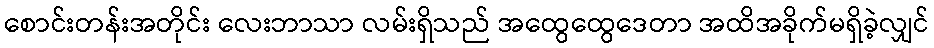
စောင်းတန်းအတိုင်း လေးဘာသာ လမ်းရှိသည် အထွေထွေဒေတာ အထိအခိုက်မရှိခဲ့လျှင်